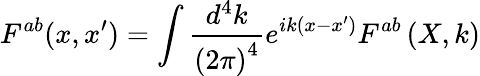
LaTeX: F^{ab}(x,x^{\prime})=\int\frac{d^{4}k}{\left(2\pi\right)^{4}}e^{ik\left(x-x^{\prime}\right)}F^{ab}\left(X,k\right)